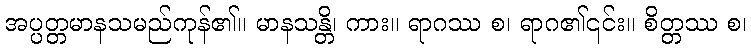
အပ္ပတ္တမာနသမည်ကုန်၏။ မာနသန္တိ၊ ကား။ ရာဂဿ စ၊ ရာဂ၏၎င်း။ စိတ္တဿ စ၊